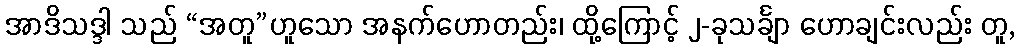
အာဒိသဒ္ဒါ သည် “အတူ”ဟူသော အနက်ဟောတည်း၊ ထို့ကြောင့် ၂-ခုသင်္ချာ ဟောချင်းလည်း တူ,